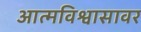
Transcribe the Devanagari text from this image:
आत्मविश्वासावर